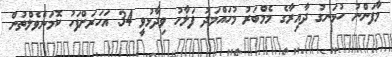
މާފަންނު ހުޅަނގު ދާއިރާގެ މެމްބަރު މުހައްމަދު ފަލާހު ވިދާޅުވީ 34 އަހަރަށްފަހު ކޮމަންވެލްތުން